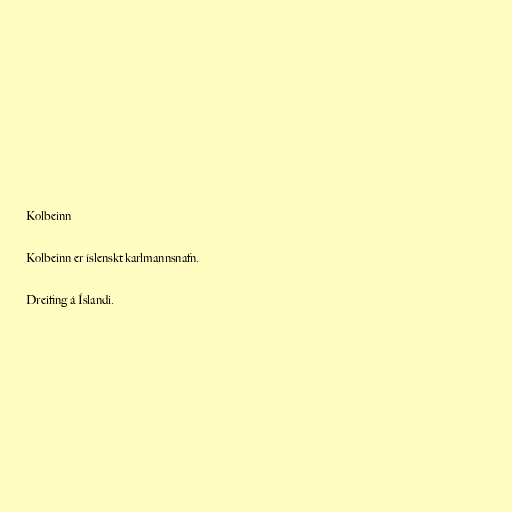
Kolbeinn

Kolbeinn er íslenskt karlmannsnafn.

Dreifing á Íslandi.